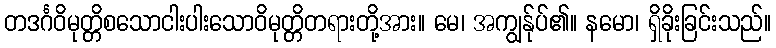
တဒင်္ဂဝိမုတ္တိစသောငါးပါးသောဝိမုတ္တိတရားတို့အား။ မေ၊ အကျွန်ုပ်၏။ နမော၊ ရှိခိုးခြင်းသည်။